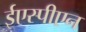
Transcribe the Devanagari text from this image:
ईएस्पीएन